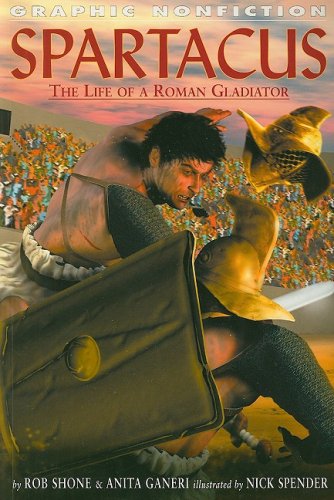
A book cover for Spartacus: The Life of a Roman Gladiator (Graphic Nonfiction); Rob Shone; Children's Books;